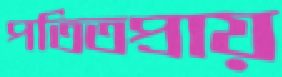
পতিতপ্রায়